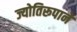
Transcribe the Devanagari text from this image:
ज्योतिरूपाने